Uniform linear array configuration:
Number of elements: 32
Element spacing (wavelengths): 0.75
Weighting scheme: exponential
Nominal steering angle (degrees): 0
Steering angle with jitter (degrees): -1.178
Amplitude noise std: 0.05
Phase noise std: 0.05

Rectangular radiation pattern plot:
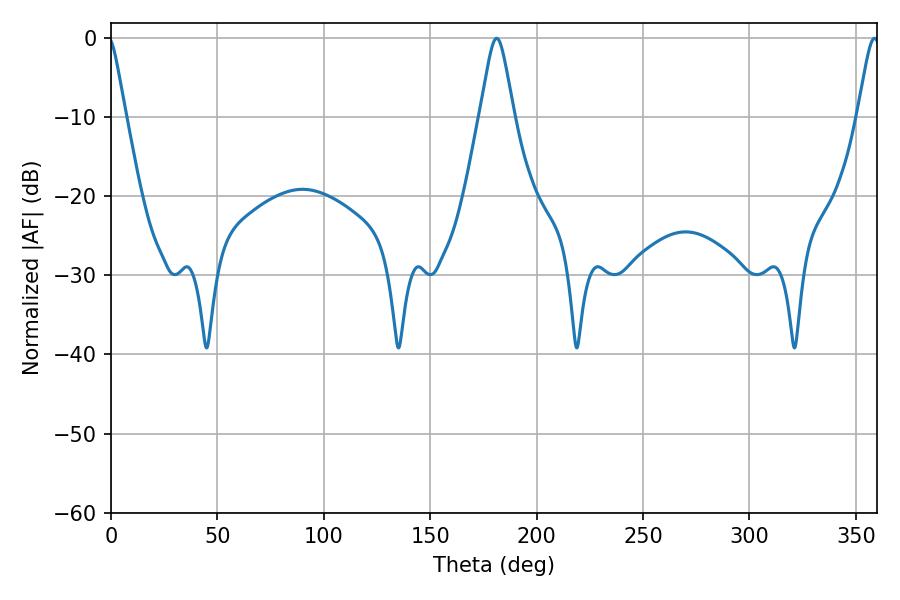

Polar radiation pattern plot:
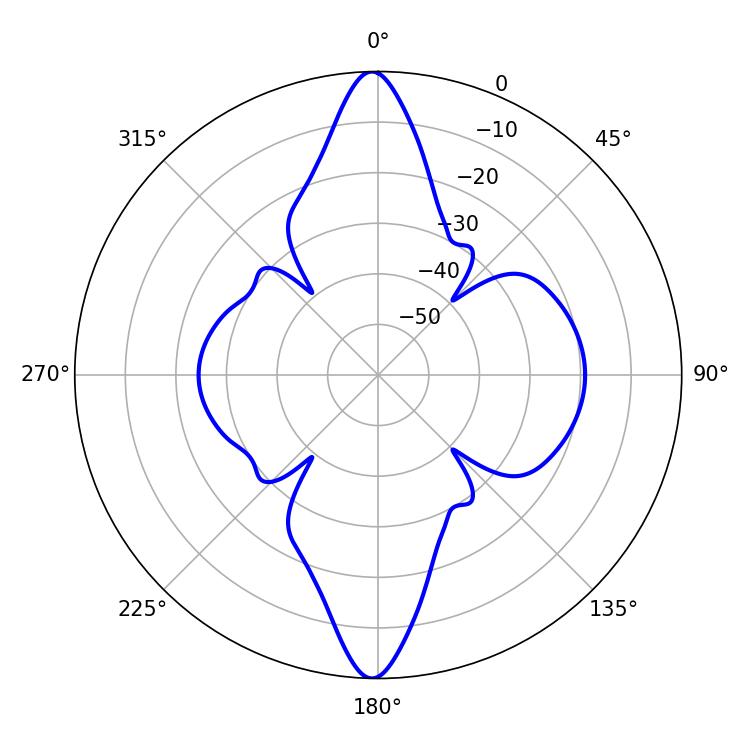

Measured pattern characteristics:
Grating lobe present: TRUE
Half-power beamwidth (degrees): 5.04
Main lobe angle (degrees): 358.74